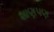
શાણપણ